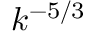
k ^ { - 5 / 3 }